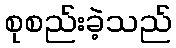
စုစည်းခဲ့သည်